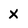
Character: x